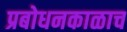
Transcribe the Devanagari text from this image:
प्रबोधनकाळाच